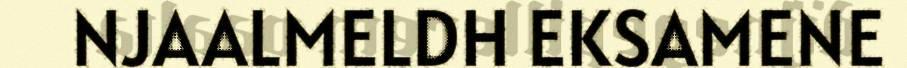
NJAALMELDH EKSAMENE